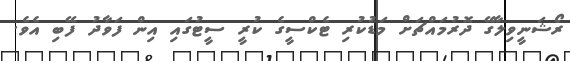
ރޯޝަނީވިލާގޭ ދޮރުމައްޗަށް މަޑުކުރި ޓެކްސީގެ ކުރީ ސީޓުގައި އިން ފަވާދު ފޭބި އެވެ.